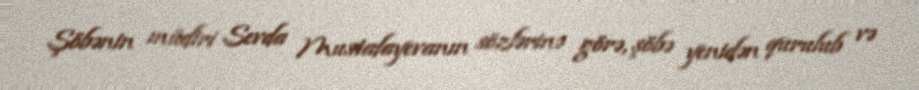
Şöbənin müdiri Sevda Mustafayevanın sözlərinə görə, şöbə yenidən qurulub və